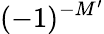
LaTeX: (-1)^{-M^{\prime}}